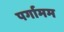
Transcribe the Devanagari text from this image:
पर्गामम